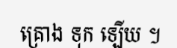
គ្រោង ទុក ឡើយ ។